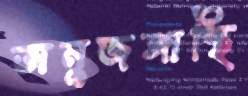
অনুজঙ্গাস্থি